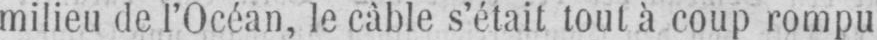
milieu de l’Océan, le câble s’était tout à coup rompu